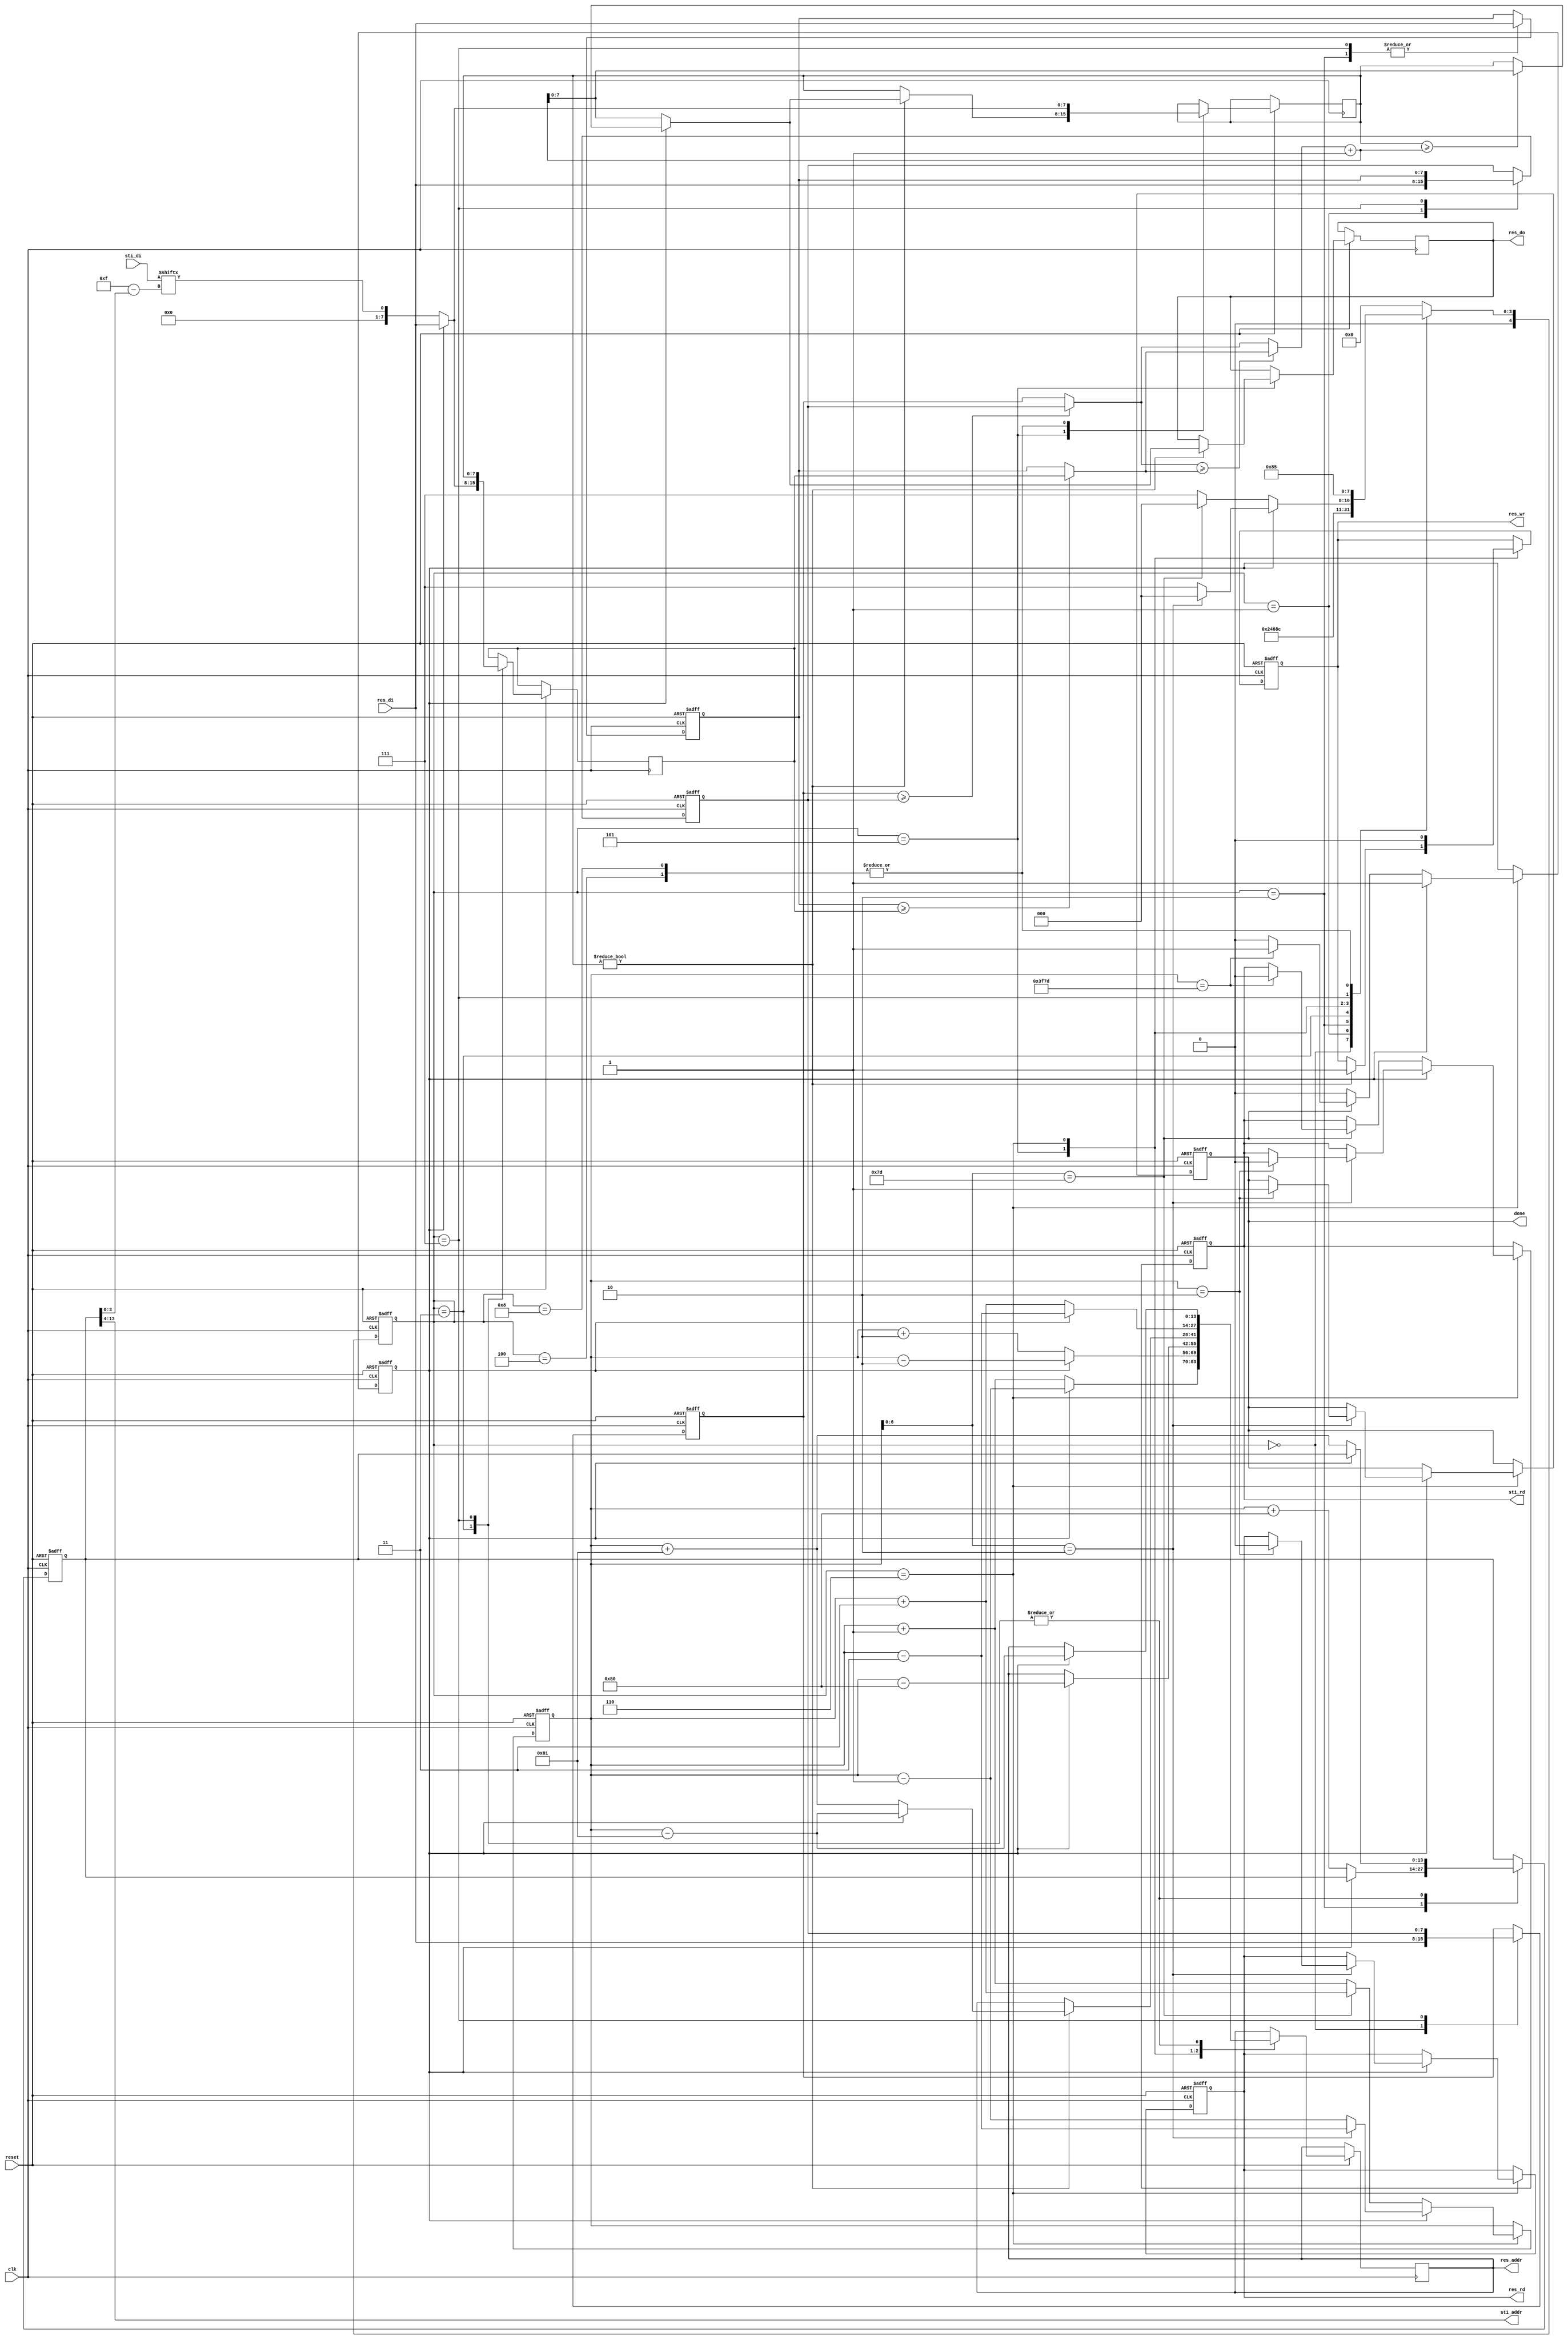
module DT(
	input 			clk, 
	input			reset,
	output	reg		done ,
	output	reg		sti_rd ,
	output	wire 	[9:0]	sti_addr ,
	input		[15:0]	sti_di,
	output	reg		res_wr ,
	output	reg		res_rd ,
	output	reg 	[13:0]	res_addr ,
	output	reg 	[7:0]	res_do,
	input		[7:0]	res_di
	);

//**********************//
reg [7:0] sub [4:0];
reg [4:0] state,nextstate;
reg [13:0] sub_addr;
reg [13:0] fixed_addr;
reg bk;
//reg [9:0] rom_id;
wire [4:0] data_id;
wire [7:0] min_f0,min_f1,min_f,min_b;
//Comparison for forward
assign min_f0=(sub[0]>=sub[1])?sub[1]:sub[0];
assign min_f1=(sub[2]>=sub[3])?sub[3]:sub[2];
assign min_f=(min_f0>=min_f1)?min_f1:min_f0;
//Addition comparison in backward
assign min_b=(sub[4]>=min_f+1)?min_f+1:sub[4];


//deciding the input address,  ex: sub_addr=110 >> rom_id=6(110) , data_id=15(1110) ; sub_addr=258(10000 0010) >> rom_id=16(10000) , data_id=2(0010)
assign sti_addr=sub_addr[13:4];
assign data_id=15-sub_addr[3:0];

//assign res_addr=fixed_addr+5;

always@(*)begin
	case(state)
		0:	nextstate = 1 ;
		1:	nextstate = 2 ;
		2:	nextstate = 3 ;
		3:	nextstate = 4 ;
		4:	nextstate = 5 ;
		5:	nextstate = 6 ;
		6:	begin
				if(!bk)begin
					if(fixed_addr[6:0]==125)begin
						nextstate=0;
					end
					else begin
						nextstate=7;
					end
				end
				else begin
					if(fixed_addr[6:0]==2)begin
						nextstate=0;
					end
					else begin
						nextstate=7;
					end
				end
			end
		7:	nextstate = 8;
		8:	nextstate = 5;
		default: nextstate = 0;
	endcase
end


always@(posedge clk or negedge reset)
begin
	if(!reset)begin
		done<=0;
		bk<=0;
		sti_rd<=1;
		sub_addr<=0;
		fixed_addr<=0;
		res_wr<=0;
		res_rd<=1;
		state<=3;
		sub[0]<=0;
		sub[1]<=0;
		sub[2]<=0;
	end
	else begin
		state <= nextstate;
		case(state)
			0:	begin
					sub[0]<=res_di;
					if(!bk)
						res_addr<=fixed_addr+1;
					else
						res_addr<=fixed_addr-1;
				end
			1:	begin
					sub[1]<=res_di;
					if(!bk)
						res_addr<=fixed_addr+2;
					else
						res_addr<=fixed_addr-2;
				end
			2:	begin
					sub[2]<=res_di;
					if(!bk)
						sub_addr<=fixed_addr+128;
					else
						res_addr<=fixed_addr-128;
				end
			3:	begin
					
					if(!bk)begin
						sub_addr<=fixed_addr+129;
						sub[3]<=sti_di[data_id];
					end
					else begin
						res_addr<=fixed_addr-129;
						sub[3]<=res_di;
					end
				end
			4:	begin
					
					if(!bk)
						sub[4]<=sti_di[data_id];
					else
						sub[4]<=res_di;
					//sub_addr<=fixed_addr+130;
				end
			//Output state for forward;
			5:	begin
					
					
					if(sub[4]!=0)begin
						if(!bk)begin
							res_addr<=fixed_addr+129;
							sub[4]<=min_f+1;
							res_do<=min_f+1;
							
						end
						else begin
							res_addr<=fixed_addr-129;
							sub[4]<=min_b;
							res_do<=min_b;
						end
						res_wr<=1;
					end
					
					
					
				end
			//Decide where to go
			6:	begin
					//sub[3]<=min_f+1;
					res_wr<=0;
					if(!bk)begin
						if(fixed_addr[6:0]==125)begin
							if(fixed_addr==16253)begin
								//done<=1;
								sti_rd<=0;
								bk<=1;
							end
							fixed_addr<=fixed_addr+3;
							res_addr<=fixed_addr+3;
						end
						else begin
							fixed_addr<=fixed_addr+1;
							res_addr<=fixed_addr+3;
						end
					end
					else begin
						if(fixed_addr[6:0]==2)begin
							if(fixed_addr==2)begin
								done<=1;
								sti_rd<=0;
								res_rd<=0;
							end
							fixed_addr<=fixed_addr-3;
							res_addr<=fixed_addr-3;
						end
						else begin
							fixed_addr<=fixed_addr-1;
							res_addr<=fixed_addr-3;
						end

					end
					
				end
			7:	begin
					
					sub[2]<=res_di;
					if(!bk)
						sub_addr<=fixed_addr+129;
					else
						res_addr<=fixed_addr-129;

					sub[0]<=sub[1];
					sub[1]<=sub[2];
					sub[3]<=sub[4];
					
				end
			8:	begin
					if(!bk)
						sub[4]<=sti_di[data_id];
					else
						sub[4]<=res_di;
				end
			9:	begin
				
				end
				
	default: 	begin

				end			
		endcase
	end


end


endmodule